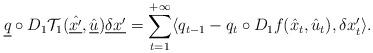
LaTeX: \begin{align*}\underline{q} \circ D_1 {\mathcal T}_1 (\hat{\underline{x'}}, \hat{\underline{u}}) \underline{\delta x'} =\sum_{t=1}^{+\infty} \langle q_{t-1} -q_t \circ D_1 f(\hat{x}_t, \hat{u}_t), \delta x'_t \rangle.\end{align*}